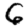
Digit: 6